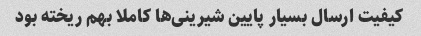
کیفیت ارسال بسیار پایین شیرینی‌ها کاملا بهم ریخته بود